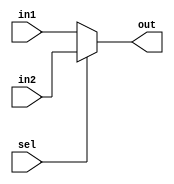
module mux2x3(input [2:0]in1, in2, output [2:0] out, input sel); // se (sel==0) out=in1
	assign out = (sel==0? in1 : in2);
endmodule

module mux2x8(input [7:0]in1, in2, output  [7:0] out, input sel); // se (sel==0) out=in1
	assign out = (sel==0? in1 : in2);
endmodule